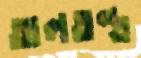
তালতন্ত্র